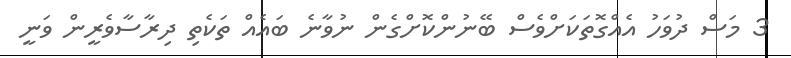
3 މަސް ދުވަހު އެއްގޮތަކަށްވެސް ބޭނުންކޮށްގެން ނުވާނެ ބައެއް ތަކެތި ދިރާސާވެރީން ވަނީ